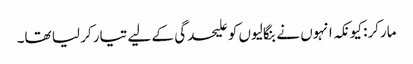
مارکر: کیونکہ انہوں نے بنگالیوں کو علیحدگی کے لیے تیار کر لیا تھا۔